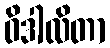
ဝိဒါလိတာ